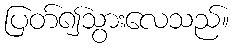
ပြတ်၍သွားလေသည်။